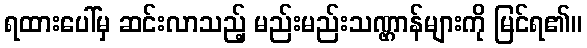
ရထားပေါ်မှ ဆင်းလာသည့် မည်းမည်းသဏ္ဌာန်များကို မြင်ရ၏။